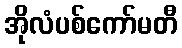
အိုလံပစ်ကော်မတီ